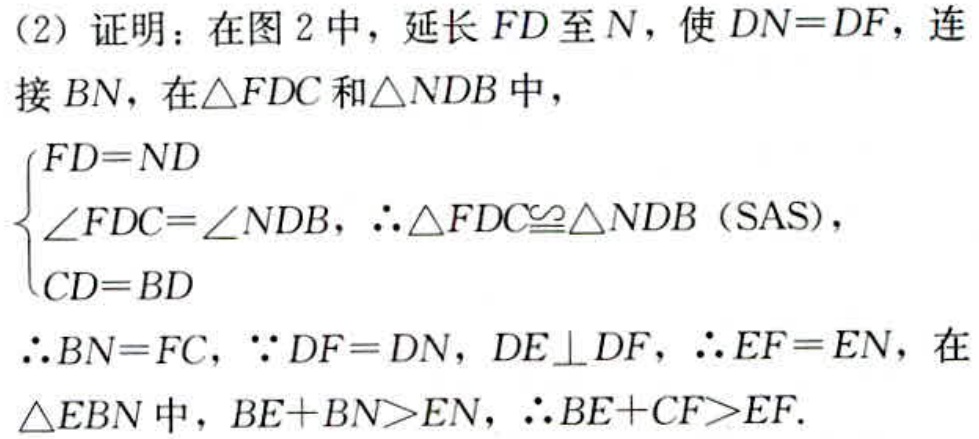
(2) 证明：在图 2 中，延长 \(FD\) 至 \(N\)，使 \(DN = DF\)，连接 \(BN\)，在\(\triangle FDC\) 和\(\triangle NDB\) 中，
\(\begin{cases}
FD = ND\\
\angle FDC=\angle NDB\\
CD = BD
\end{cases}\)，\(\therefore\triangle FDC\cong\triangle NDB\) (SAS)，
\(\therefore BN = FC\)，\(\because DF = DN\)，\(DE\perp DF\)，\(\therefore EF = EN\)，在\(\triangle EBN\) 中，\(BE + BN>EN\)，\(\therefore BE + CF>EF\).